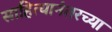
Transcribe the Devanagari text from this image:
साहित्यानंतरच्या